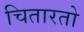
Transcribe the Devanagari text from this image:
चितारतो